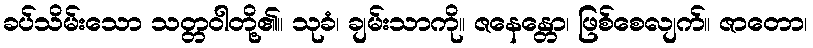
ခပ်သိမ်းသော သတ္တဝါတို့၏။ သုခံ၊ ချမ်းသာကို။ ဇနေန္တော၊ ဖြစ်စေလျက်။ ဇာတော၊